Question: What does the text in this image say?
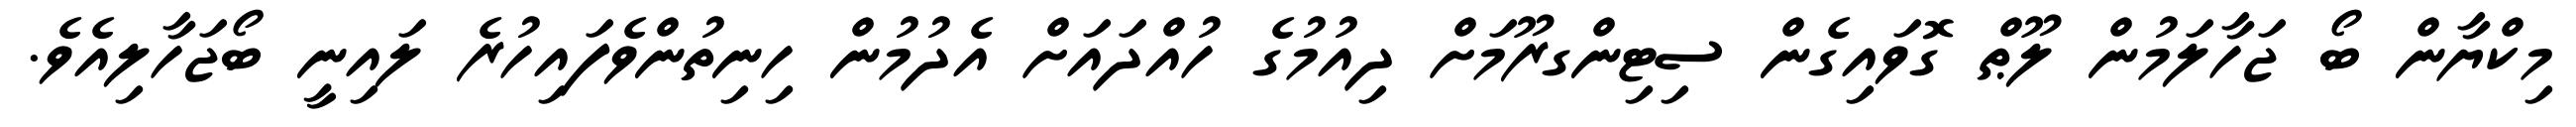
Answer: މިކްޔާން ބޯ ޖަހާލަމުން ލޫޠް ގޮވައިގެން ސިޓިންގރޫމަށް ދިއުމުގެ ހުއްދައަށް އެދުމުން ހިނިތުންވެފައިހުރެ ލައިނީ ބޯޖަހާލިއެވެ.